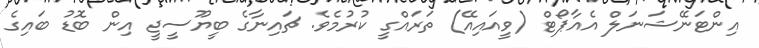
އިންޓަނޭޝަނަލް އެއާޕޯޓް (ވީއައިއޭ) ތަރައްގީ ކުރުމެވެ. ޗައިނާގެ ބީޔޫސީޖީ އިން ބޮޑު ބައިގެ